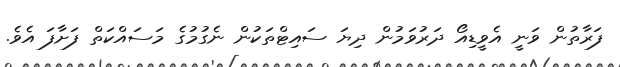
ފަރާތުން ވަނީ އެވީޑިއޯ ދަރުވަމުން ދިޔަ ސައިޓްތަކުން ނެގުމުގެ މަސައްކަތް ފަށާފަ އެވެ.